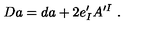
D a = d a + 2 e _ { I } ^ { \prime } A ^ { \prime I } \ .